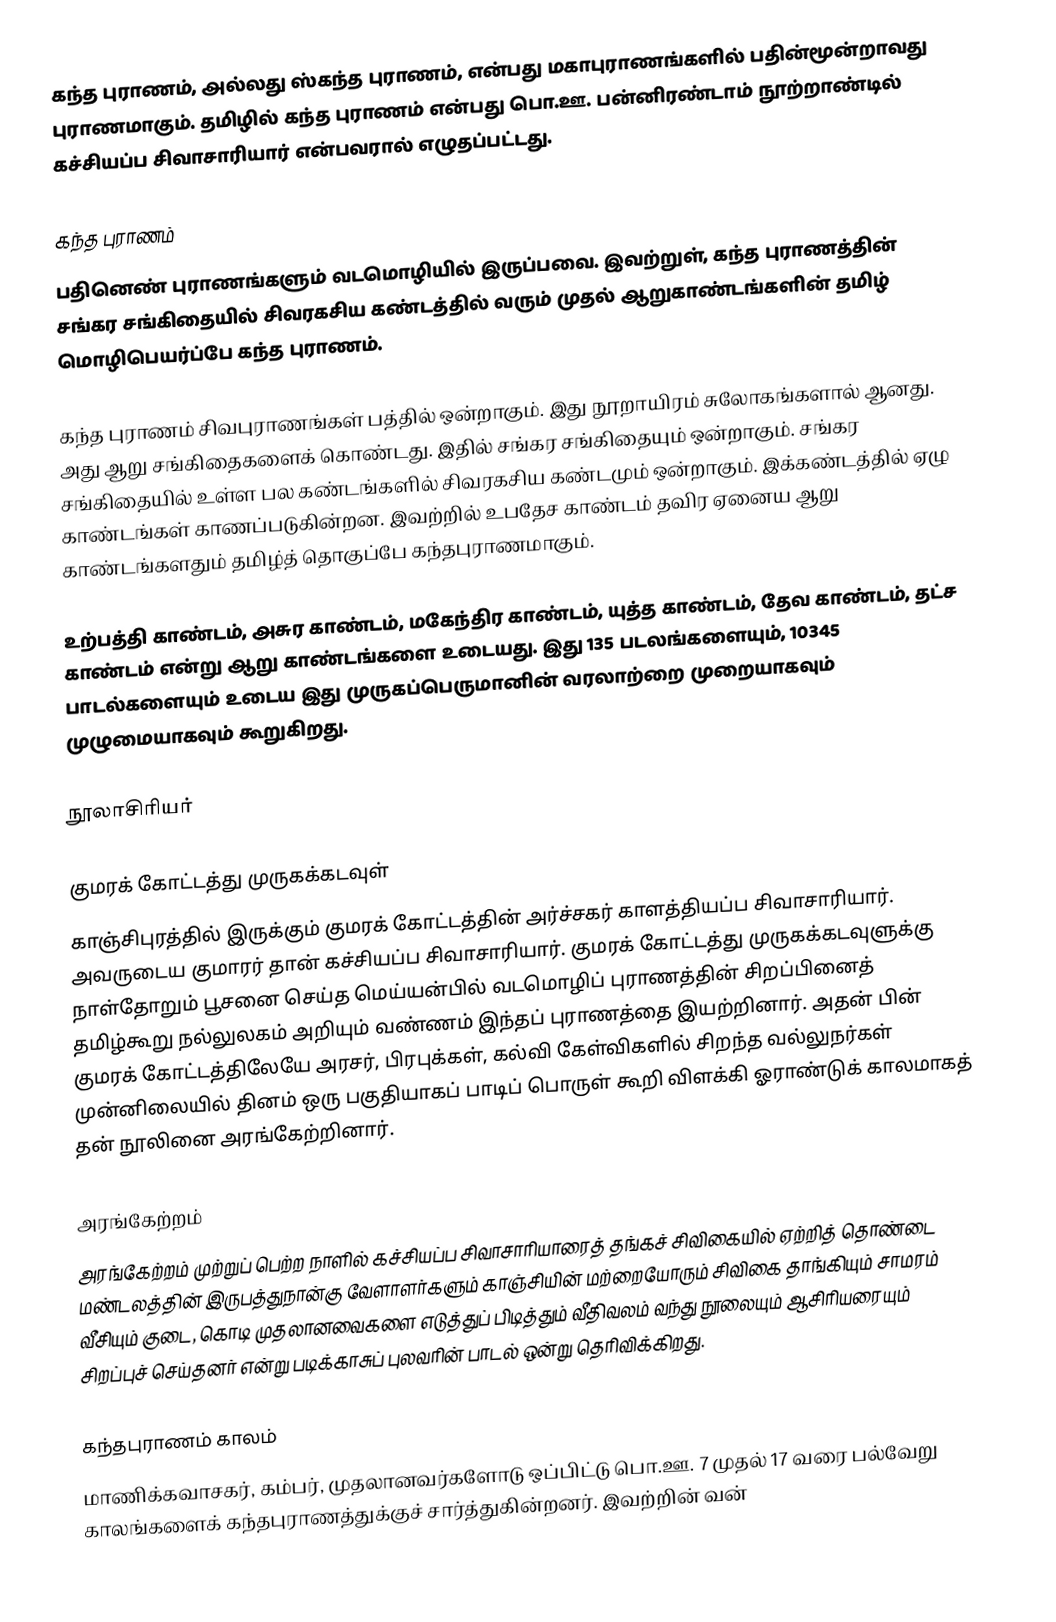
கந்த புராணம், அல்லது ஸ்கந்த புராணம், என்பது மகாபுராணங்களில் பதின்மூன்றாவது புராணமாகும். தமிழில் கந்த புராணம் என்பது பொ.ஊ. பன்னிரண்டாம் நூற்றாண்டில் கச்சியப்ப சிவாசாரியார் என்பவரால் எழுதப்பட்டது.

கந்த புராணம்
பதினெண் புராணங்களும் வடமொழியில் இருப்பவை. இவற்றுள், கந்த புராணத்தின் சங்கர சங்கிதையில் சிவரகசிய கண்டத்தில் வரும் முதல் ஆறுகாண்டங்களின் தமிழ் மொழிபெயர்ப்பே கந்த புராணம்.

கந்த புராணம் சிவபுராணங்கள் பத்தில் ஒன்றாகும். இது நூறாயிரம் சுலோகங்களால் ஆனது. அது ஆறு சங்கிதைகளைக் கொண்டது. இதில் சங்கர சங்கிதையும் ஒன்றாகும். சங்கர சங்கிதையில் உள்ள பல கண்டங்களில் சிவரகசிய கண்டமும் ஒன்றாகும். இக்கண்டத்தில் ஏழு காண்டங்கள் காணப்படுகின்றன. இவற்றில் உபதேச காண்டம் தவிர ஏனைய ஆறு காண்டங்களதும் தமிழ்த் தொகுப்பே கந்தபுராணமாகும்.

உற்பத்தி காண்டம், அசுர காண்டம், மகேந்திர காண்டம், யுத்த காண்டம், தேவ காண்டம், தட்ச காண்டம் என்று ஆறு காண்டங்களை உடையது. இது 135 படலங்களையும், 10345 பாடல்களையும் உடைய இது முருகப்பெருமானின் வரலாற்றை முறையாகவும் முழுமையாகவும் கூறுகிறது.

நூலாசிரியர்

குமரக் கோட்டத்து முருகக்கடவுள்
காஞ்சிபுரத்தில் இருக்கும் குமரக் கோட்டத்தின் அர்ச்சகர் காளத்தியப்ப சிவாசாரியார். அவருடைய குமாரர் தான் கச்சியப்ப சிவாசாரியார். குமரக் கோட்டத்து முருகக்கடவுளுக்கு நாள்தோறும் பூசனை செய்த மெய்யன்பில் வடமொழிப் புராணத்தின் சிறப்பினைத் தமிழ்கூறு நல்லுலகம் அறியும் வண்ணம் இந்தப் புராணத்தை இயற்றினார். அதன் பின் குமரக் கோட்டத்திலேயே அரசர், பிரபுக்கள், கல்வி கேள்விகளில் சிறந்த வல்லுநர்கள் முன்னிலையில் தினம் ஒரு பகுதியாகப் பாடிப் பொருள் கூறி விளக்கி ஓராண்டுக் காலமாகத் தன் நூலினை அரங்கேற்றினார்.

அரங்கேற்றம்
அரங்கேற்றம் முற்றுப் பெற்ற நாளில் கச்சியப்ப சிவாசாரியாரைத் தங்கச் சிவிகையில் ஏற்றித் தொண்டை மண்டலத்தின் இருபத்துநான்கு வேளாளர்களும் காஞ்சியின் மற்றையோரும் சிவிகை தாங்கியும் சாமரம் வீசியும் குடை, கொடி முதலானவைகளை எடுத்துப் பிடித்தும் வீதிவலம் வந்து நூலையும் ஆசிரியரையும் சிறப்புச் செய்தனர் என்று படிக்காசுப் புலவரின் பாடல் ஒன்று தெரிவிக்கிறது.

கந்தபுராணம் காலம்
மாணிக்கவாசகர், கம்பர், முதலானவர்களோடு ஒப்பிட்டு பொ.ஊ. 7 முதல் 17 வரை பல்வேறு காலங்களைக் கந்தபுராணத்துக்குச் சார்த்துகின்றனர். இவற்றின் வன்